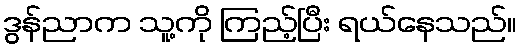
ဒွန်ညာက သူ့ကို ကြည့်ပြီး ရယ်နေသည်။